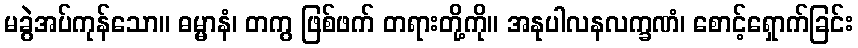
မခွဲအပ်ကုန်သော။ ဓမ္မာနံ၊ တကွ ဖြစ်ဖက် တရားတို့ကို။ အနုပါလနလက္ခဏံ၊ စောင့်ရှောက်ခြင်း